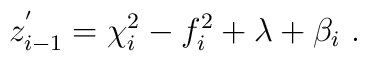
z_{i-1}^{'}=\chi_i^2-f_i^2+\lambda+\beta_i ~.